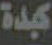
كبدة